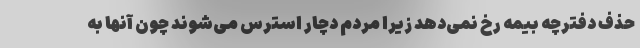
حذف دفترچه بیمه رخ نمی‌دهد زیرا مردم دچار استرس می‌شوند چون آنها به